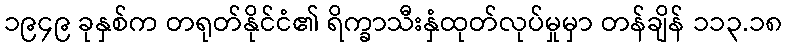
၁၉၄၉ ခုနှစ်က တရုတ်နိုင်ငံ၏ ရိက္ခာသီးနှံထုတ်လုပ်မှုမှာ တန်ချိန် ၁၁၃.၁၈